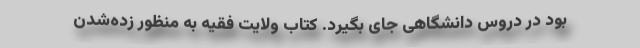
بود در دروس دانشگاهی جای بگیرد. کتاب ولایت فقیه به منظور زده‌شدن